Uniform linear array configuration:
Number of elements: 4
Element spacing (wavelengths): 0.5
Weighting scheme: uniform
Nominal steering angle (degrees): -60
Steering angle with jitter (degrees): -58.196
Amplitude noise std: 0.05
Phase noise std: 0.05

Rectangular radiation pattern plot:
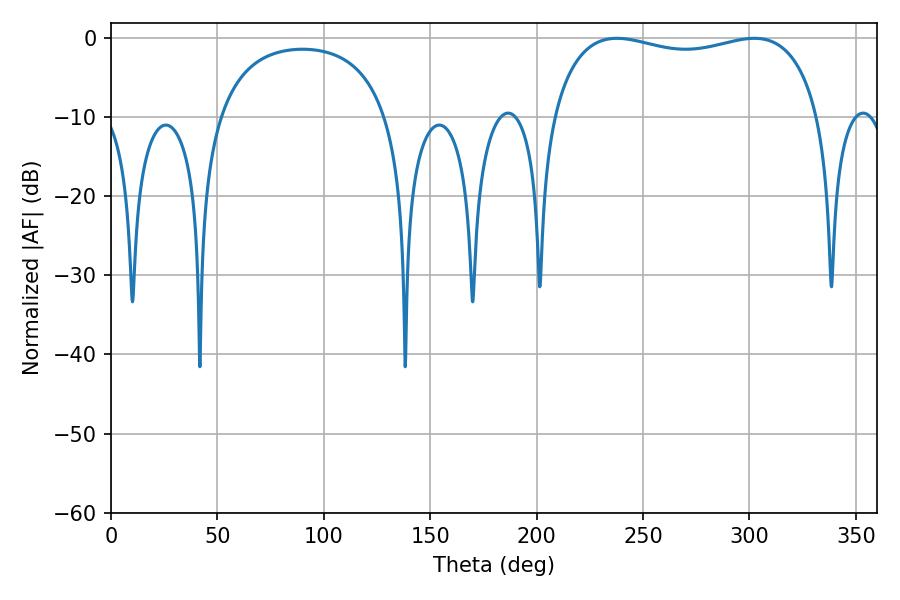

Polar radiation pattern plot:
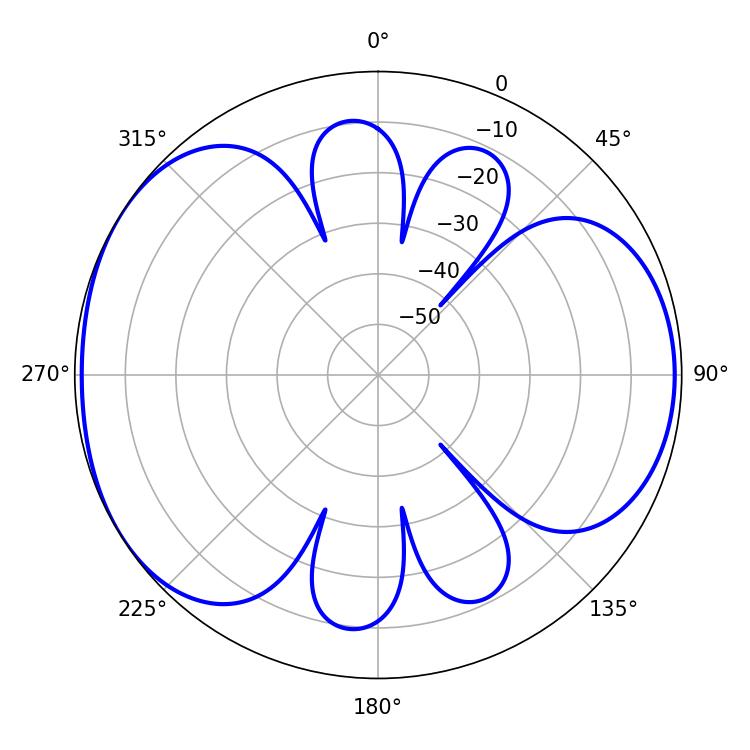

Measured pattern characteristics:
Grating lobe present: FALSE
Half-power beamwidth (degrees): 102.6
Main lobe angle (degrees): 237.78